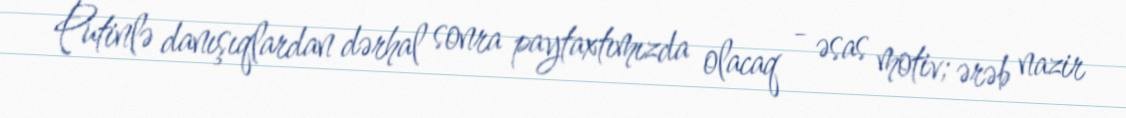
Putinlə danışıqlardan dərhal sonra paytaxtımızda olacaq - əsas motiv; ərəb nazir